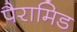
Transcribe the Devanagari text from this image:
पैरामिड